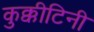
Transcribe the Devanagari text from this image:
कुक्कीटिनी